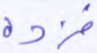
فزده